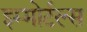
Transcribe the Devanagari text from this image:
इम्मोर्टल्स